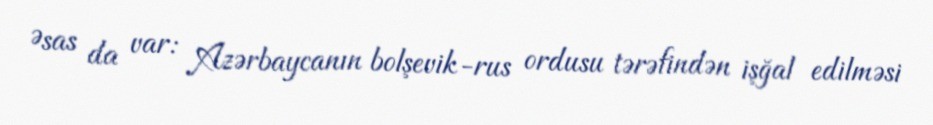
Əsas da var: Azərbaycanın bolşevik-rus ordusu tərəfindən işğal edilməsi